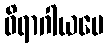
ဝိရာဂါယပေ